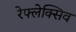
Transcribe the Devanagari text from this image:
रेफ्लेक्सिव